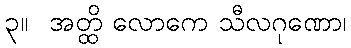
၃။  အတ္ထိ လောကေ သီလဂုဏော၊